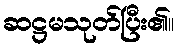
ဆဋ္ဌမသုတ်ပြီး၏။